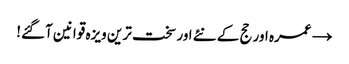
→ عمرہ اور حج کے نئے اور سخت ترین ویزہ قوانین آگئے!